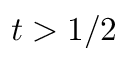
t > 1 / 2